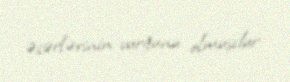
əsərlərinin vurğunu olmuşdur.